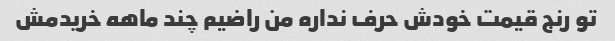
تو رنج قیمت خودش حرف نداره من راضیم چند ماهه خریدمش